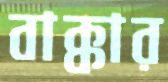
বাক্কার